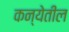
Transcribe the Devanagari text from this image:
कन्येतील